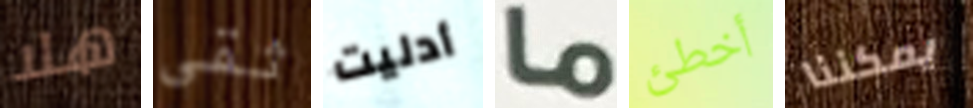
هلا ثقى أدليت ما أخطئ يمكننا